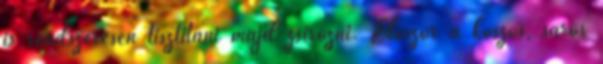
is rendszeresen tisztítani majd zsírozni. Először a koszos, sáros